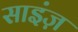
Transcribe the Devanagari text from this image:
साइंज़